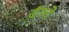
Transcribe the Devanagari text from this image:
ढॅाचे